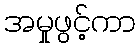
အမှုဖွင့်ကာ